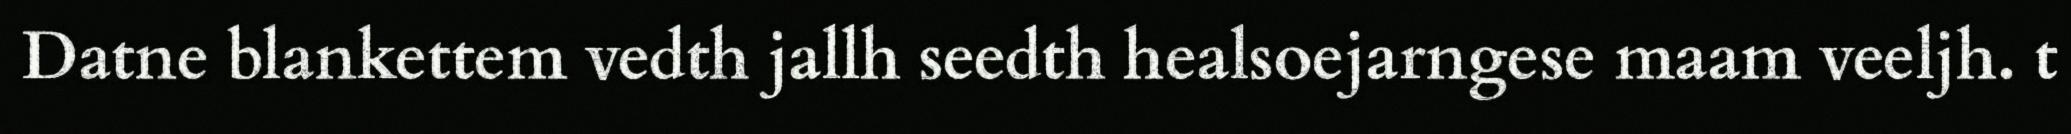
Datne blankettem vedth jallh seedth healsoejarngese maam veeljh. t